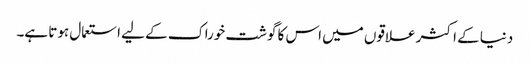
دنیا کے اکثر علاقوں میں اس کا گوشت خوراک کے لیے استعمال ہوتا ہے۔